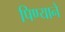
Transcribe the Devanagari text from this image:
पिण्याने